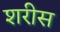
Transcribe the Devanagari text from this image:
शरीस